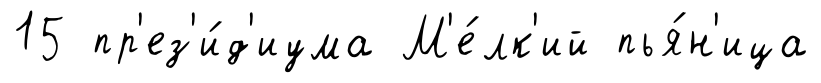
15 пр'ез'и́д'иума М'е́лк'ий пья́н'ица